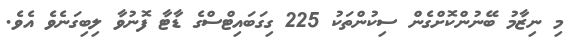
މި ނިޒާމު ބޭނުންކޮށްގެން ސިކުންތަކު 225 ގިގަބައިޓްސްގެ ޑާޓާ ފޮނުވާ ލިބިގަނެވެ އެވެ.